Report of the King Institute of Preventive Medicine, Guindy
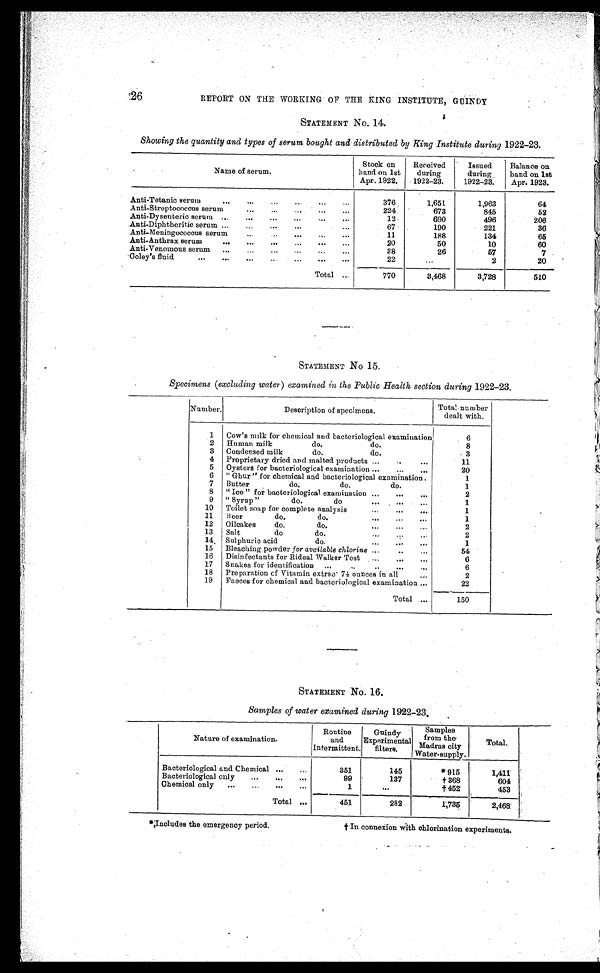
REPORT ON THE WORKING OF THE KING INSTITUTE, GUINDY
STATEMENT NO. 14.
Showing the quantity and types of serum bought and distributed by King Institute during 1922-23.
Name of serum.
Stock on
hand on 1st
Apr. 1922.
Received
during
1922-23.
Issued
during
1922-23.
Balance on
hand on 1st
Apr. 1923.
Anti-Tetanic serum . . .
376
1,651
1,963
64
Anti-Streptococcus serum . . .
224
673
845
52
Anti-Dysenteric serum . . .
12
690
496
206
Anti-Diphtheritic serum . . .
67
190
221
36
Anti-Meningococcus serum . . .
11
188
134
65
Anti-Anthrax serum . . .
20
50
10
60
Anti-Venomous serum . . .
38
26
57
7
Coley 's
fluid
.
.
.
2
. . .
2
20
Total . . .
770
3,468
3,728
510
STATEMENT No 15.
Specimens (excluding water) examined in the Public Health section during 1922-23.
Number.
Description of specimens.
Total number
dealt with.
1
Cow's milk for chemical and bacteriological examination
6
2
Human milk
do.
do.
8
3
Condensed milk
do.
do.
3
4
Proprietary dried and malted products . . .
11
5
Oysters for bacteriological examination . . .
20
6
" Ghur " for chemical and bacteriological examination.
1
7
Butter do.
do.
do.
1
8
" " Ice " for bacteriological examination . . .
2
9
" Syrup "
do.
do
. . .
1
10
Toilet soap for complete analysis . . .
1
11
Beer
do.
do.
. . .
1
12
Oilcakes
do.
do.
. . .
2
13
Salt
do. do.
. . .
2
14
Sulphuric acid
do.
. . .
1
15
Bleaching powder for available chlorine . . .
54
16
Disinfectants for Rideal Walker Test . . .
6
17
Snakes for identification
. . .
6
18
Preparation of Vitamin extrac 74 ounces in all
. . .
2
19
Faeces for chemical and bacteriological examination . . .
22
Total
. . .
150
STATEMENT No. 16.
Samples of water examined during 1922-23.
Nature of examination.
Routine
and
Intermittent.
Guindy
Experimental
filters.
Samples
from the
Madrs city
Water- supply.
Total .
Bacteriological and Chemical . . .
351
145
* 915
1,411
Bacteriological only . . .
99
137
† 368
604
Chemical only . . .
1
. . .
†452
453
Total . . .
451
282
1,735
2,468
*Includes the emergency period.
† In connexion with chlorination experiments.